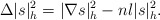
\begin{align*}\Delta |s|_h^2=|\nabla s|_h^2-nl|s|_h^2.\end{align*}